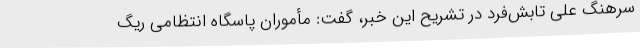
سرهنگ علی تابش‌فرد در تشریح این خبر، گفت: مأموران پاسگاه انتظامی ریگ